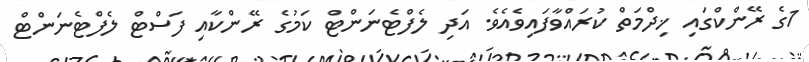
1ގެ ރޭންކްގައި ޚިދްމަތް ކުރައްވާފައިވެއެވެ. އަދި ލެފްޓެނަންޓް ކަމުގެ ރޭންކާއި ފަސްޓް ލެފްޓެނަންޓް